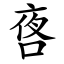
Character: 㖱